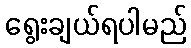
ရွေးချယ်ရပါမည်